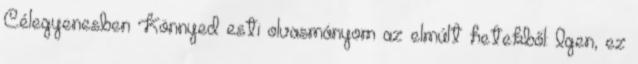
Célegyenesben Könnyed esti olvasmányom az elmúlt hetekből: Igen, ez